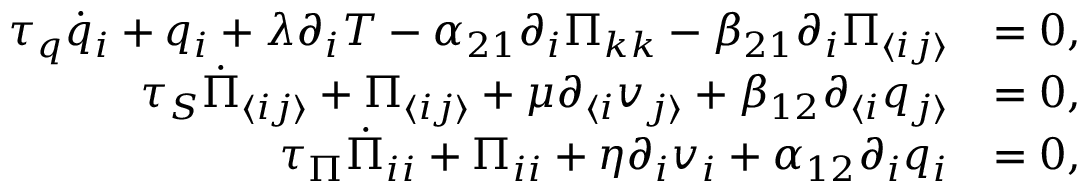
\begin{array} { r l } { \tau _ { q } \dot { q } _ { i } + q _ { i } + \lambda \partial _ { i } T - \alpha _ { 2 1 } \partial _ { i } \Pi _ { k k } - \beta _ { 2 1 } \partial _ { i } \Pi _ { \langle i j \rangle } } & { = 0 , } \\ { \tau _ { S } \dot { \Pi } _ { \langle i j \rangle } + \Pi _ { \langle i j \rangle } + \mu \partial _ { \langle i } v _ { j \rangle } + \beta _ { 1 2 } \partial _ { \langle i } q _ { j \rangle } } & { = 0 , } \\ { \tau _ { \Pi } \dot { \Pi } _ { i i } + \Pi _ { i i } + \eta \partial _ { i } v _ { i } + \alpha _ { 1 2 } \partial _ { i } q _ { i } } & { = 0 , } \end{array}